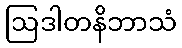
ဩဒါတနိဘာသံ